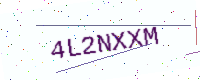
Text: 4L2NXXM